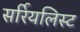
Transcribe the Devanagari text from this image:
सर्रियलिस्ट